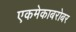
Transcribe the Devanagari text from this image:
एकमेकाबरोबर